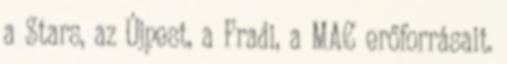
a Stars, az Újpest, a Fradi, a MAC erőforrásait.